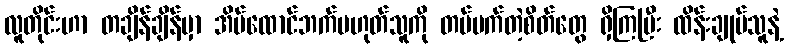
လူတိုင်းဟာ တချိန်ချိန်မှာ အိမ်ထောင်ဘက်မဟုတ်သူကို တပ်မက်တဲ့စိတ်တွေ ရှိကြပြီး ထိန်းချုပ်သူနဲ့